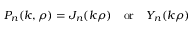
P _ { n } ( k , \rho ) = J _ { n } ( k \rho ) \, \, \, \, \, \, \mathrm { o r } \, \, \, \, \, \, Y _ { n } ( k \rho )